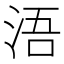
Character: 浯